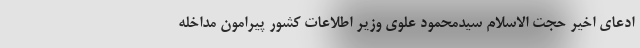
ادعای اخیر حجت الاسلام سیدمحمود علوی وزیر اطلاعات کشور پیرامون مداخله